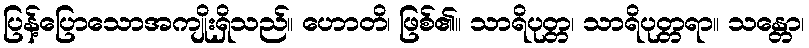
ပြန့်ပြောသောအကျိုးရှိသည်။ ဟောတိ၊ ဖြစ်၏။ သာရိပုတ္တ၊ သာရိပုတ္တရာ။ သန္တော၊